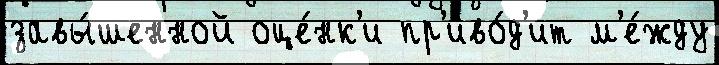
завы́шенной оце́нк'и пр'иво́д'ит м'е́жду